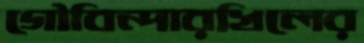
গৌবিন্দারখিলের